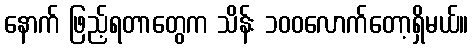
နောက် ဖြည့်ရတာတွေက သိန်း ၁၀၀လောက်တော့ရှိမယ်။